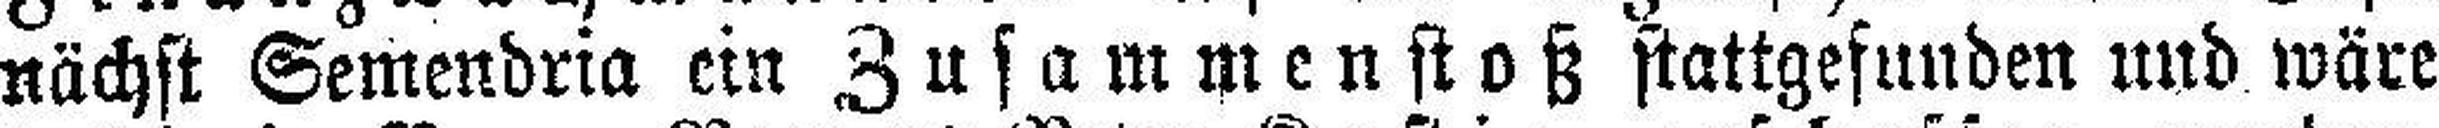
nächst Semendria ein Zusammenstoß stattgefunden und wäre